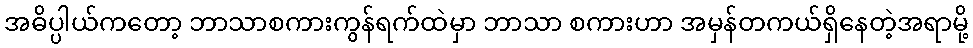
အဓိပ္ပါယ်ကတော့ ဘာသာစကားကွန်ရက်ထဲမှာ ဘာသာ စကားဟာ အမှန်တကယ်ရှိနေတဲ့အရာမို့